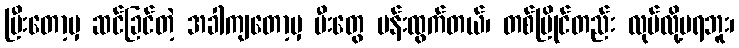
ပြီးတော့မှ ဆင်ခြင်တဲ့ အခါကျတော့မှ မီးတွေ ပန်းထွက်တယ်၊ တစ်ပြိုင်တည်း လုပ်လို့မရဘူး၊